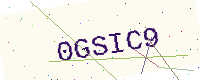
Text: 0GSIC9